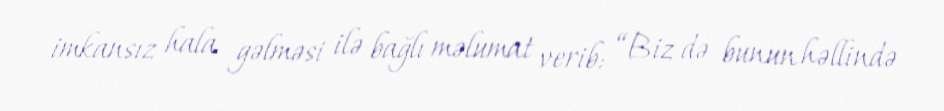
imkansız hala gəlməsi ilə bağlı məlumat verib: “Biz də bunun həllində